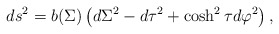
\begin{align*}ds^2=b(\Sigma)\left(d\Sigma^2-d\tau^2+\cosh^2\tau d\varphi^2\right) ,\end{align*}